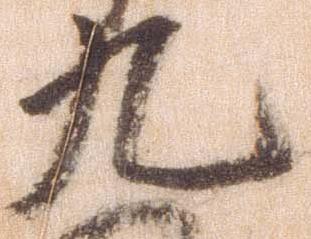
九